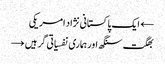
← ایک پاکستانی نژاد امریکی
بھگت سنگھ اور ہماری نفسیاتی گرہیں →